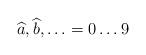
LaTeX: \begin{align*}\widehat{a},\widehat{b},\ldots =0\ldots 9\end{align*}